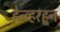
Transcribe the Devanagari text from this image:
डेन्व्हरहून